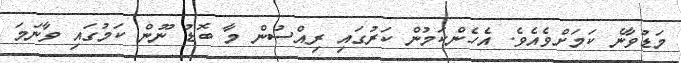
މަޑުވާނެ ކަމަށްވެއެވެ. އެހެންކަމުން ކަރުގައި ރިއްސުން މާ ބޮޑު ނޫން ކަމުގައި ވާނަމަ